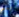
بعد